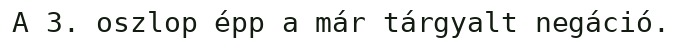
A 3. oszlop épp a már tárgyalt negáció.